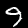
Digit: 9